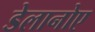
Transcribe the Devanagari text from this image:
डेलानोए